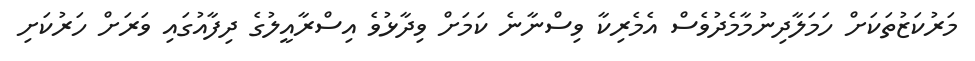
މަރުކަޒުތަކަށް ހަމަލާދިނުމާމެދުވެސް އެމެރިކާ ވިސްނާނެ ކަމަށް ވިދާޅުވެ އިސްރާއީލުގެ ދިފާއުގައި ވަރަށް ހަރުކަށި